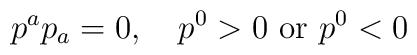
p^a p_a = 0,\quad  p^0 > 0 \,\,{\rm or}\,\, p^0 < 0